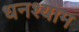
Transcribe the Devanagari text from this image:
धनश्याम